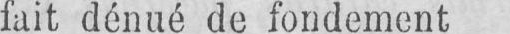
fait dénué de fondement